Source: Handwritten
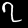
Digit: ၇ (7)